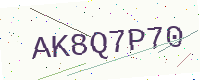
Text: AK8Q7P70